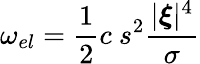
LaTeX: \omega_{el}=\frac{1}{2}c\ s^{2}\frac{|\boldsymbol{\xi}|^{4}}{\sigma}